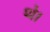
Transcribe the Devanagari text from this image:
थ॓।